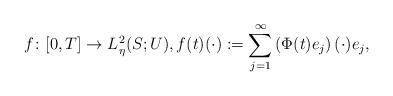
LaTeX: \begin{align*}f\colon [0,T] \rightarrow L^2_\eta(S;U),f(t)(\cdot):= \sum_{j=1}^{\infty}\left(\Phi(t)e_j\right)(\cdot)e_j,\end{align*}